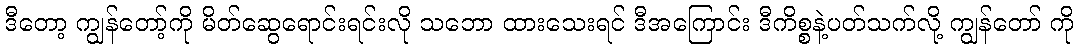
ဒီတော့ ကျွန်တော့်ကို မိတ်ဆွေရောင်းရင်းလို သဘော ထားသေးရင် ဒီအကြောင်း ဒီကိစ္စနဲ့ပတ်သက်လို့ ကျွန်တော် ကို